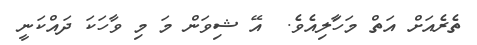
ތެރެއަށް އަތް މަހަާލިއެވެ.  އޭ ޝިވަން މަ މި ވާހަކަ ދައްކަނީ